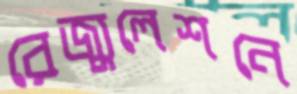
রেজ্যুলেশনে